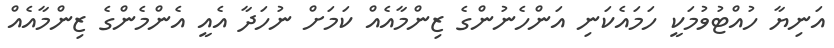
އަނިޔާ ހުއްޓުވުމަކީ ހަމައެކަނި އަންހެނުންގެ ޒިންމާއެއް ކަމަށް ނުހަދާ އެއީ އެންމެންގެ ޒިންމާއެއް